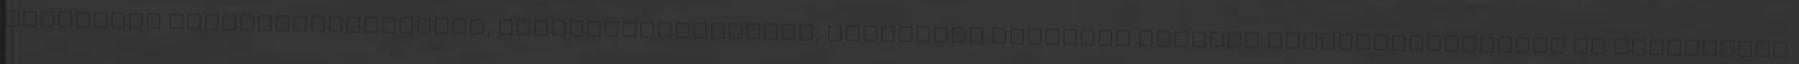
szükséges eszközfejlesztésre, tehetséggondozásra, hátrányos helyzetű tanulók felzárkóztatására és prevenciós